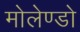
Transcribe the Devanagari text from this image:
मोलेण्डो